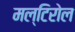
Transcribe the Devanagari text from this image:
मल्टिरोल